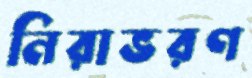
নিরাভরণ